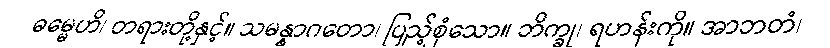
ဓမ္မေဟိ၊ တရားတို့နှင့်။ သမန္နာဂတော၊ ပြည့်စုံသော။ ဘိက္ခု၊ ရဟန်းကို။ အာဘတံ၊